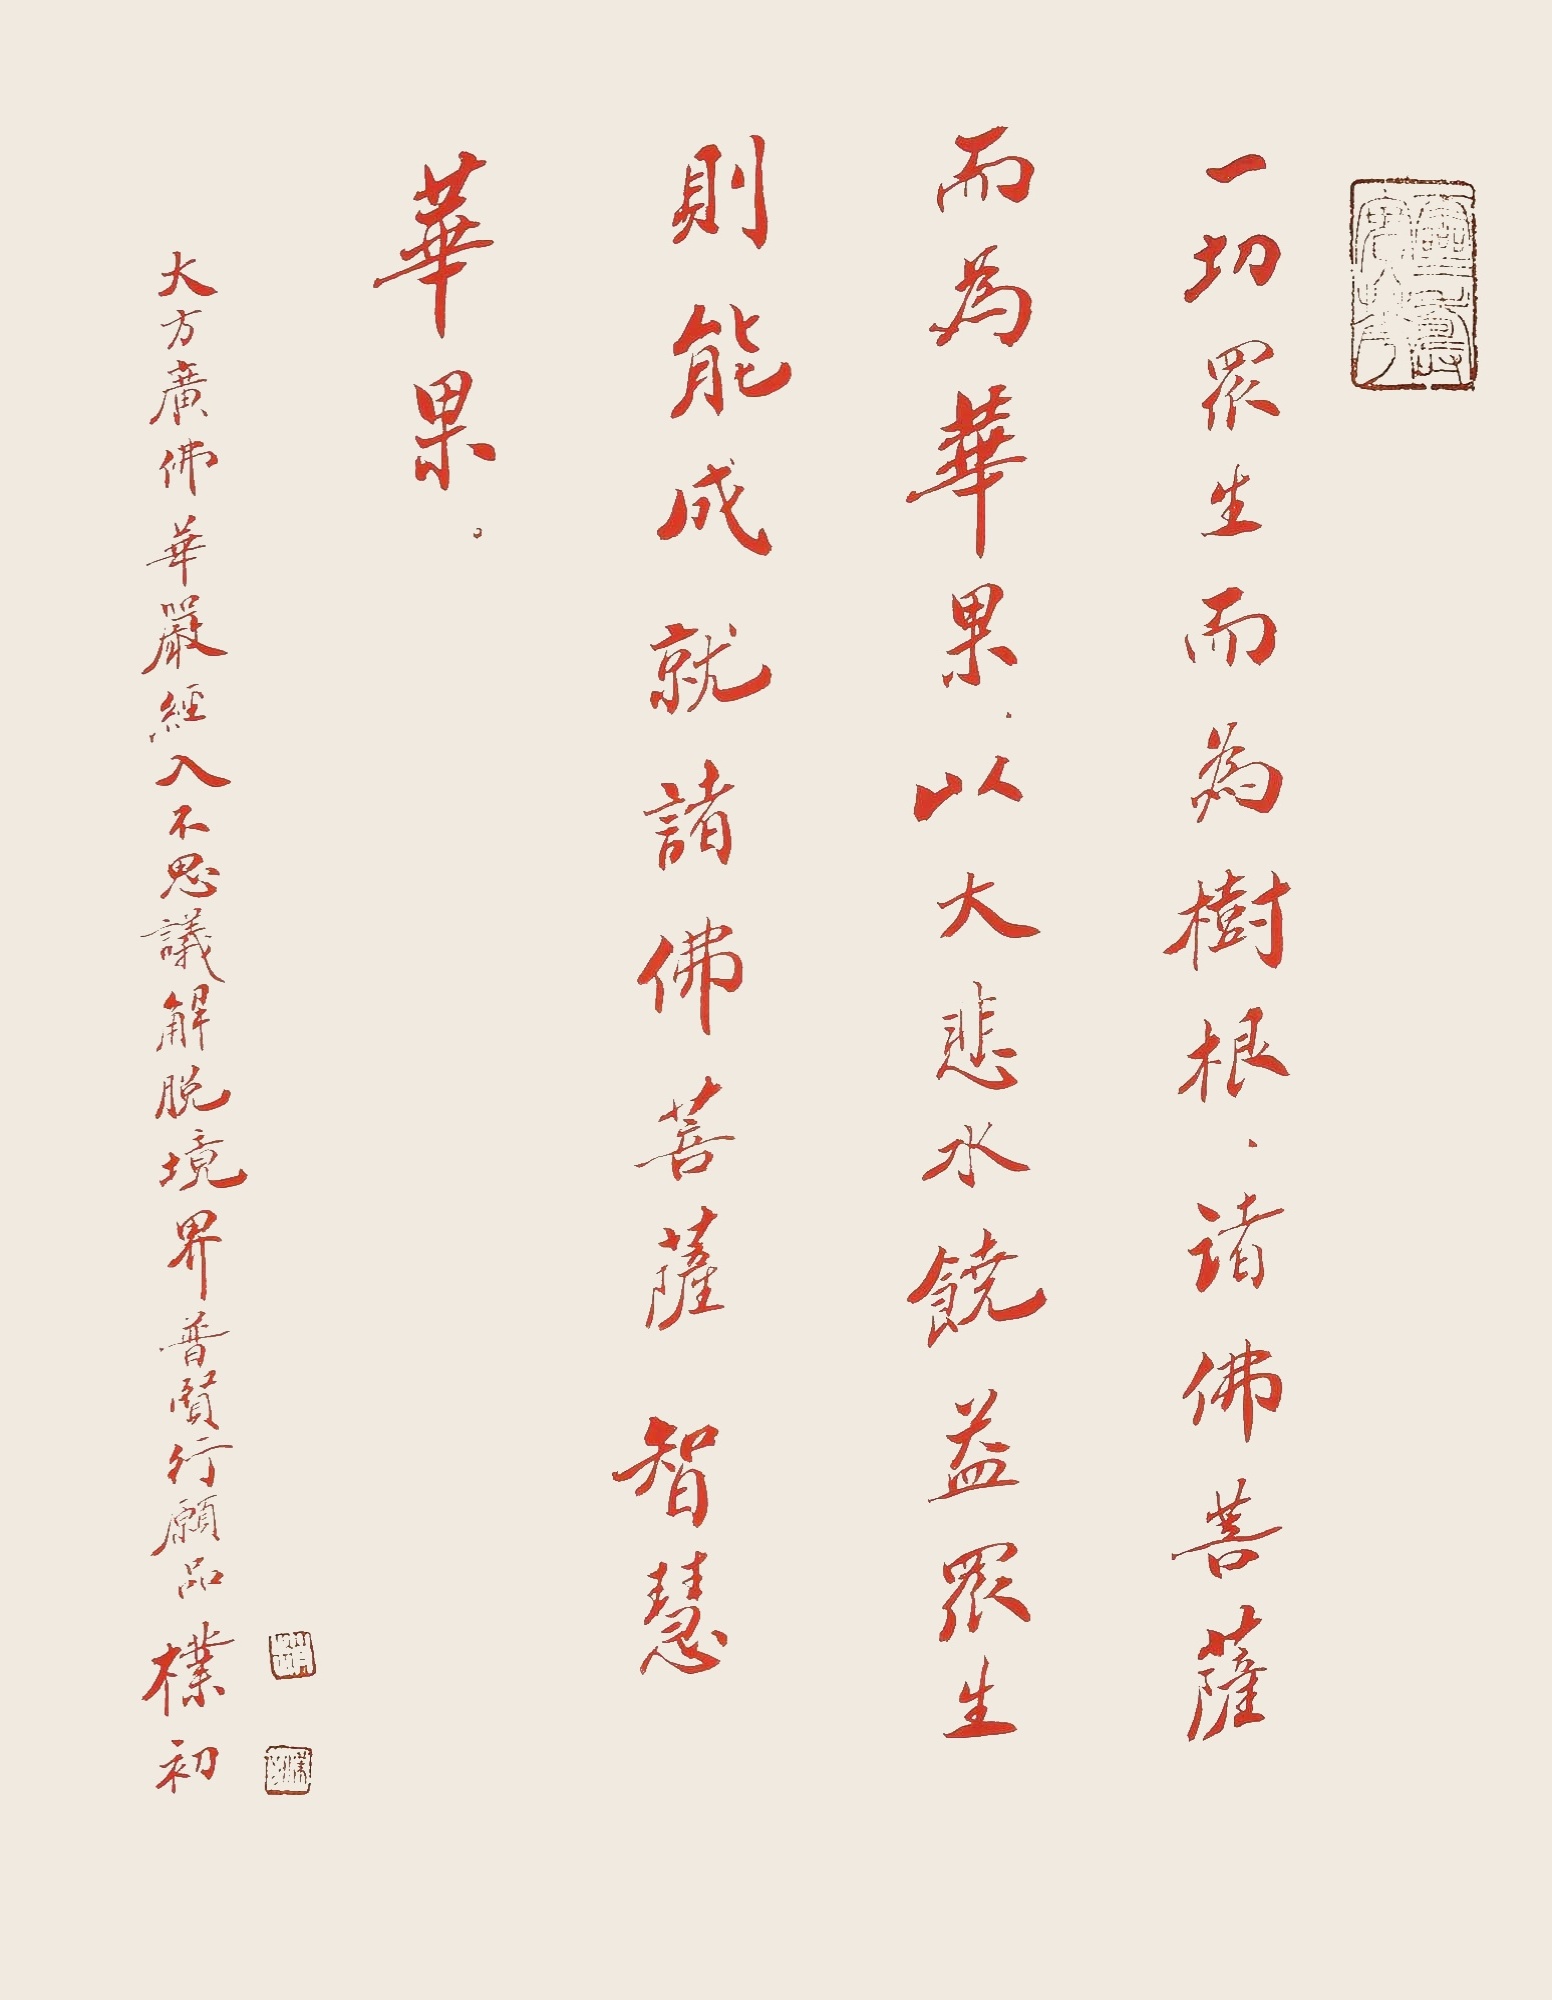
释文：一切众生而为树根，诸佛菩萨而为花果，以大悲水饶益众生，则能成就诸佛菩萨智慧花果。大方广佛华严经入不思议解脱境界普贤行愿品，朴初。